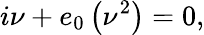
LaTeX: i\nu+e_{0}\left(\nu^{2}\right)=0,